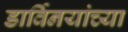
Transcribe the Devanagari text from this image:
डार्विनयांच्या